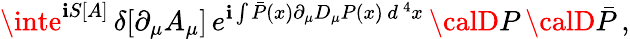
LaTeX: \inte^{\mathbf{i}S[A]}\, \delta[\partial_{\mu}A_{\mu}]\, e^{\mathbf{i}\int\bar{{P}}(x)\partial_{\mu}D_{\mu}P(x)\, d^{\, 4}x}\, {\calD}P\, {\calD}\bar{{P}}\, ,